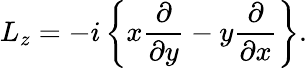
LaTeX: L_{z}=-i\left\{ x{\frac{\partial}{\partial y}}-y{\frac{\partial}{\partial x}}\right\} .